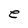
Character: e